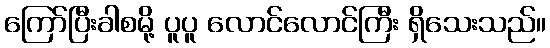
ကြော်ပြီးခါစမို့ ပူပူ လောင်လောင်ကြီး ရှိသေးသည်။